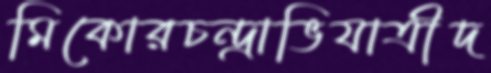
মিকোরচন্দ্রাভিযাত্রীদ